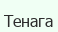
Тенага